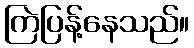
ကြဲပြန့်နေသည်။